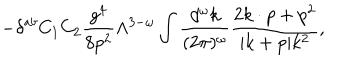
- \delta ^ { a b } C _ { 1 } C _ { 2 } { \frac { g ^ { 4 } } { 8 p ^ { 2 } } } \Lambda ^ { 3 - \omega } \int { \frac { d ^ { \omega } k } { ( 2 \pi ) ^ { \omega } } } { \frac { 2 k \cdot p + p ^ { 2 } } { | k + p | k ^ { 2 } } } ,